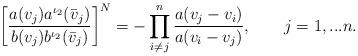
LaTeX: \begin{align*} \left[ \frac{a(v_j) a^{\iota_2}(\bar v_j)} {b(v_j) b^{\iota_2}(\bar v_j)} \right]^{N} = - \prod_{i \neq j}^{n} \frac{a(v_j-v_i)}{a(v_i-v_j)},\qquad j=1,...n.\end{align*}